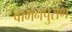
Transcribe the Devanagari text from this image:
वामनपुराण